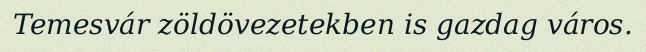
Temesvár zöldövezetekben is gazdag város.